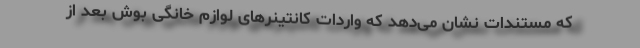
که مستندات نشان می‌دهد که واردات کانتینرهای لوازم خانگی بوش بعد از